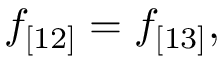
f _ { [ 1 2 ] } = f _ { [ 1 3 ] } ,